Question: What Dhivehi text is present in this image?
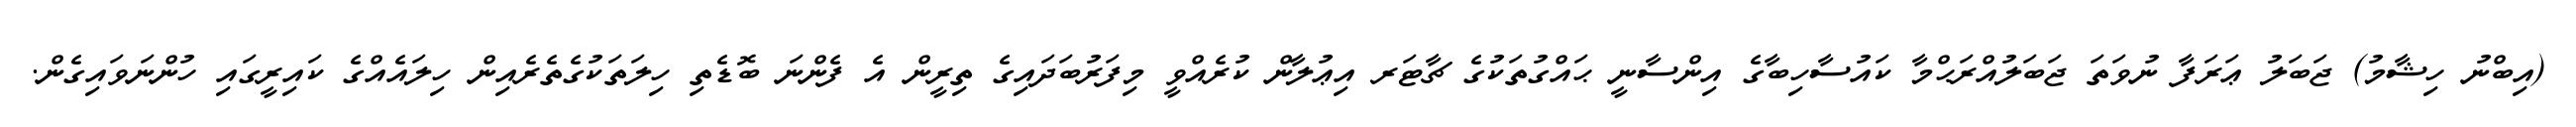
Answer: (އިބްނު ހިޝާމު) ޖަބަލު ޢަރަފާ ނުވަތަ ޖަބަލުއްރަޙްމާ ކައުސާހިބާގެ އިންސާނީ ޙައްގުތަކުގެ ޗާޓަރ އިޢުލާން ކުރެއްވީ މިފަރުބަދައިގެ ތިރީން އެ ފެންނަ ބޮޑެތި ހިލަތަކުގެތެރެއިން ހިލައެއްގެ ކައިރީގައި ހުންނަވައިގެން.